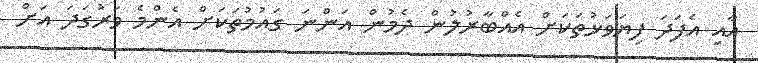
އާއި އެފަދަ ފިޔަވަޅުތަކަށް އެއްބާރުލުން ދެމުން އަންނަ ގައުމުތަކަށް އެންމެ ވަރުގަދަ އަށް